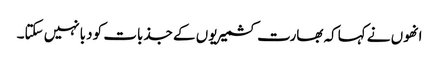
انھوں نے کہاکہ بھارت کشمیریوں کے جذبات کو دبانہیں سکتا۔